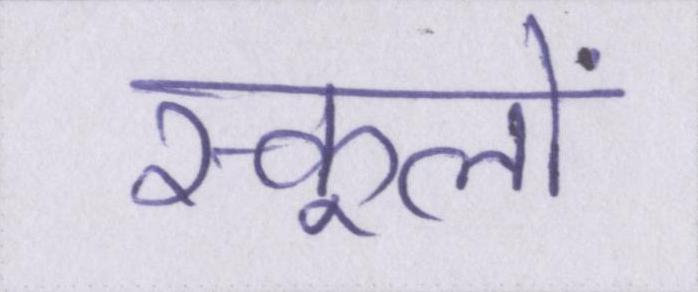
स्कूलों